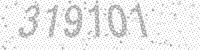
Solution: 319101